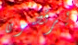
يرقصون